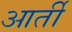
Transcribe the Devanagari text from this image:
आर्ती